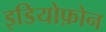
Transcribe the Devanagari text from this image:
इडियोफ़ोन